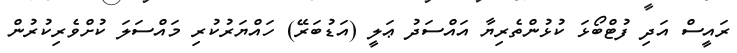
ރައީސް އަދި ފުޓްބޯޅަ ކުޅުންތެރިޔާ އައްސަދު ޢަލީ (އަޑުބަރޭ) ހައްޔަރުކުރި މައްސަލަ ކުށްވެރިކުރުން